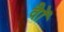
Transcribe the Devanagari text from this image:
वॉै